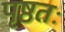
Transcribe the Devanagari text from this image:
पृष्ठतः